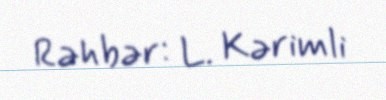
Rəhbər: L. Kərimli